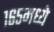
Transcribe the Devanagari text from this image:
१६५मध्ये